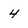
Character: 4